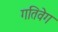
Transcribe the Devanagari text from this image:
गतिवेग